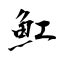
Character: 魟